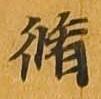
脩